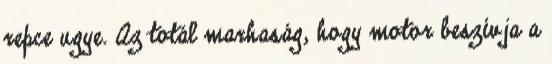
repce ugye. Az totál marhaság, hogy motor beszívja a